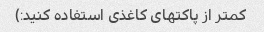
کمتر از پاکتهای کاغذی استفاده کنید:)